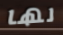
لها